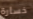
خسارة